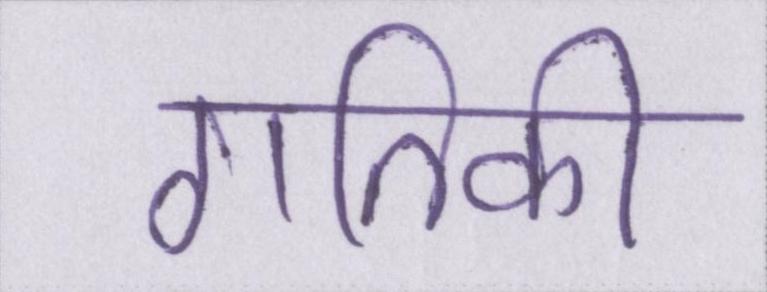
गतिकी